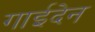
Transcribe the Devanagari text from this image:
गाईदेन